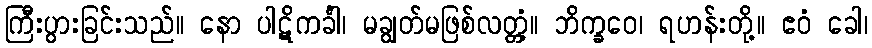
ကြီးပွားခြင်းသည်။ နော ပါဋိကင်္ခါ၊ မချွတ်မဖြစ်လတ္တံ့။ ဘိက္ခဝေ၊ ရဟန်းတို့။ ဧဝံ ခေါ၊